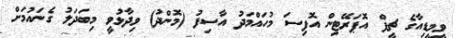
ވީމީޑިއާގެ ޗީފް އޮޕަރޭޓިން އޮފިސަ މުހައްމަދު އާސިފު (މޮންދު) ވިދާޅުވީ މިބަދަލު ގެނައުމަށް